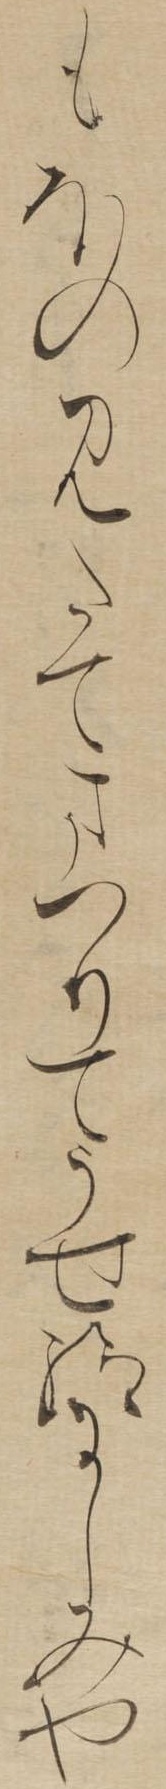
もほのみたてまつりてうせ給にしみや